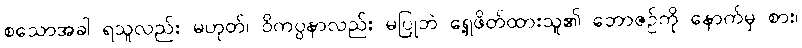
စသောအခါ ရသူလည်း မဟုတ်၊ ဝိကပ္ပနာလည်း မပြုဘဲ ရှေ့ဖိတ်ထားသူ၏ ဘောဇဉ်ကို နောက်မှ စား၊